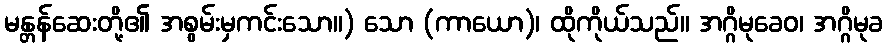
မန္တန်ဆေးတို့၏ အစွမ်းမှကင်းသော။) သော (ကာယော)၊ ထိုကိုယ်သည်။ အဂ္ဂိမုခေဝ၊ အဂ္ဂိမုခ